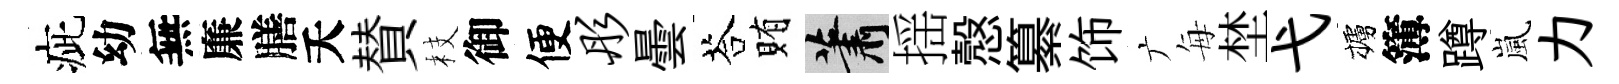
疵幼無廉膳夭賛枝御便彤曇荅賄蕭揺慤纂饰广每埜弋櫨簿蹲嵐力